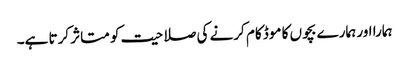
ہمارا اور ہمارے بچوں کا موڈ کام کرنے کی صلاحیت کو متاثر کرتا ہے۔